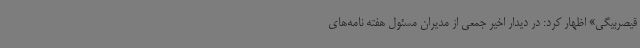
قیصربیگی» اظهار کرد: در دیدار اخیر جمعی از مدیران مسئول هفته نامه‌های